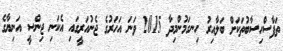
ތަފާސްހިސާބުތަކަށް ބަލާއިރު ހިނގަމުންމިދާ 2015 ވަނަ އަހަރުގެ ޖެނުއަރީގައި އެކަނި ޖިންސީ އަނިޔާގެ